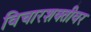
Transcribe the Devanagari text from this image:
विचारशक्तीवर